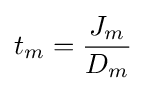
t_{m}={\frac {J_{m}}{D_{m}}}